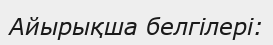
Айырықша белгілері: